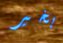
بخير